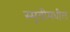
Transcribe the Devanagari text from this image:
स्मृतीमधील